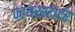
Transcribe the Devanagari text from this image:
फायरस्टार्टर